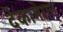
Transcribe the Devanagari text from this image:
देकामेरान्